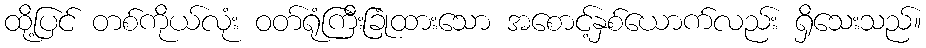
ထို့ပြင် တစ်ကိုယ်လုံး ဝတ်ရုံကြီးခြုံထားသော အစောင့်နှစ်ယောက်လည်း ရှိသေးသည်။